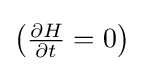
\left({\tfrac {\partial H}{\partial t}}=0\right)